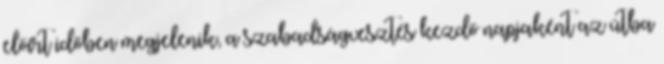
előírt időben megjelenik, a szabadságvesztés kezdő napjaként az útba